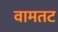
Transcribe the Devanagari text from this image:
वामतट